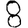
Digit: 8